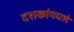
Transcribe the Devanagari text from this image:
दशकांमधले